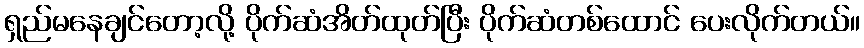
ရှည်မနေချင်တော့လို့ ပိုက်ဆံအိတ်ထုတ်ပြီး ပိုက်ဆံတစ်ထောင် ပေးလိုက်တယ်။